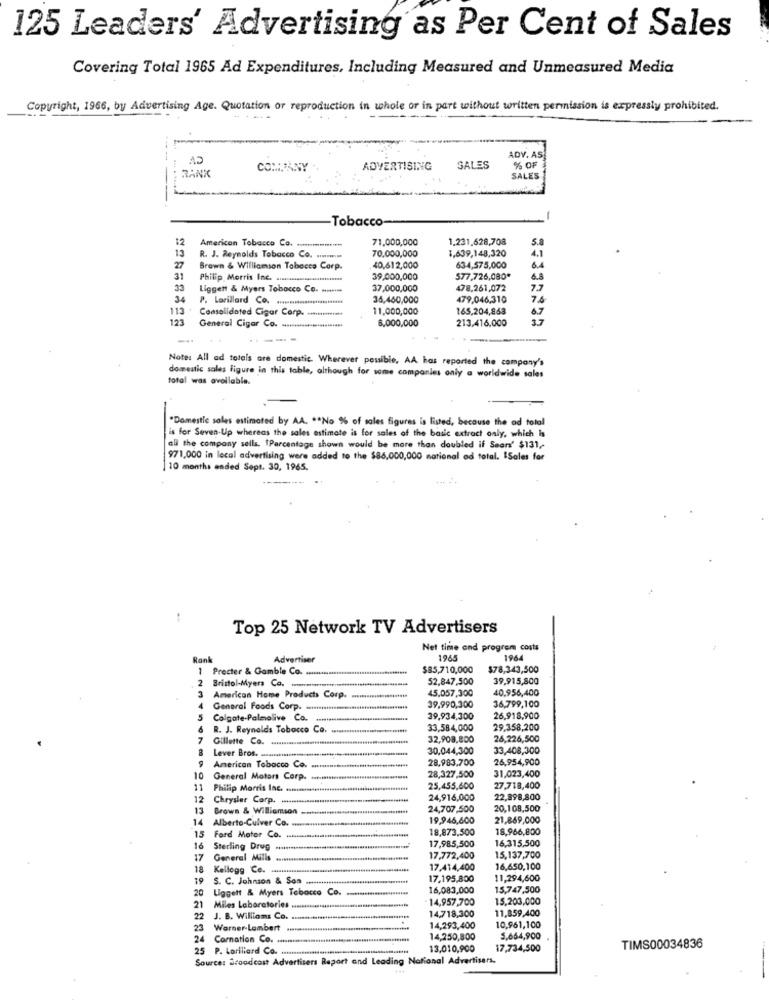
125 Leaders' Advertising as Per Cent of Sales
Covering Total 1965 Ad Expenditures, Including Measured and Unmeasured Media
Copyright, 1966, by Advertising Age. Quotation or reproduction in whole or in part without written permission is expressly prohibited.
-----
A2
ADV. AS
CHPANY
ADVERTISING
SALES
% OF
RANK
SALES
------
-Tobacco
12
American Tobacco Co. ... mmmm
71,000,000
1.231.628,708
1,639,148,320
5.8
13
R. J. Reynolds Tobacco Co.
70,000,000
4.1
27
Brown & Williamson Tobacco Corp.
40,612,000
634,575,000
31
Philip Morris Inc. ........
39,000,000
577,726,080*
6.8
Liggett & Myers Tobacco Co. ........
37,000,000
478,261,072
34
P. Lorillard Co.
36,460,000
479,046,310
7.6
113 + Consolidated Cigar Corp. .......
11,000,000
165,204,863
6.7
123
6.000,000
213.416.000
General Cigar Co. .....
-
--.
Note: All ad totels are domestic. Wherever possible, AA has reported the company's
total was available.
domestic sales Figure in this table, although for some companies only a worldwide sales
"Domestic soles estimated by AA. ** No % of sales figures is listed, because the ad total
is for Seven-Up whereas the sales estimate is for sales of the basic extract only, which is
all the company sells. tParcentage shown would be more than doubled if Sears' $131 ,-
971,000 in lecal advertising were added to the $86,000,000 national od total. ISales for
10 months ended Sept. 30, 1965.
Top 25 Network TV Advertisers
Net time and progrem costs
Rank
Advertiser
1965
1964
1
Procter & Gamble Co. .......
$85,710,000
$78,343,500
2
52,847,500
39,915,800
Bristol-Myers Co ...
45,057,300
40.956,400
3
American Home Products Corp.
39,990,300
4
General Foods Corp.
36,799,100
Colgate-Palmolive Co.
39,934,300
26,918,900
R. J. Reynolds Tobacco Co.
33,584,000
29,358,200
7
Gillette Co.
32,908,800
26,226,500
Lever Bros. ......
30,044,300
33,408,300
9
-
28.983,700
26,954,900
American Tobacco Co.
28,327,500
10
General Motors Corp.
31,023,400
11
Philip Morris Inc. ...
25,455,600
27,718,400
12
Chrysler Corp. ....
24,916,000
22.898,800
13
Brown & Williamson
24,707,500
20,108,500
14
Alberto-Culver Co.
19,946,600
21,869,000
18,873,500
18,966,800
15
Ford Motor Co.
17,985,500
16,315,500
16
Sterling Drug
17
General Mills
17.772,400
15,137,700
18
Kellogg Co. ..
17,414,400
16,650,100
19
S. C. Johnson & Son
17.195,800
11,294,600
20
Liggett & Myers Tobacco Co.
16,083,000
15,747,500
14,957,700
15,203,000
21
Miles Laboratories ..
14.718,300
11,859,400
22 J. B. Williams Co.
23 Warner-Lambert
14,293,400
10,961,100
24
Coration Co. ...
14,250,800
5,664,900
25 P. Lorillard Co ..
13,010,900
17,734,500
TIMS00034836
Source: Sroodcost Advertisers Report and Leading National Advertisers.